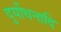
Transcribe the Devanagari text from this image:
दुर्योधनादि